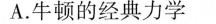
A.牛顿的经典力学